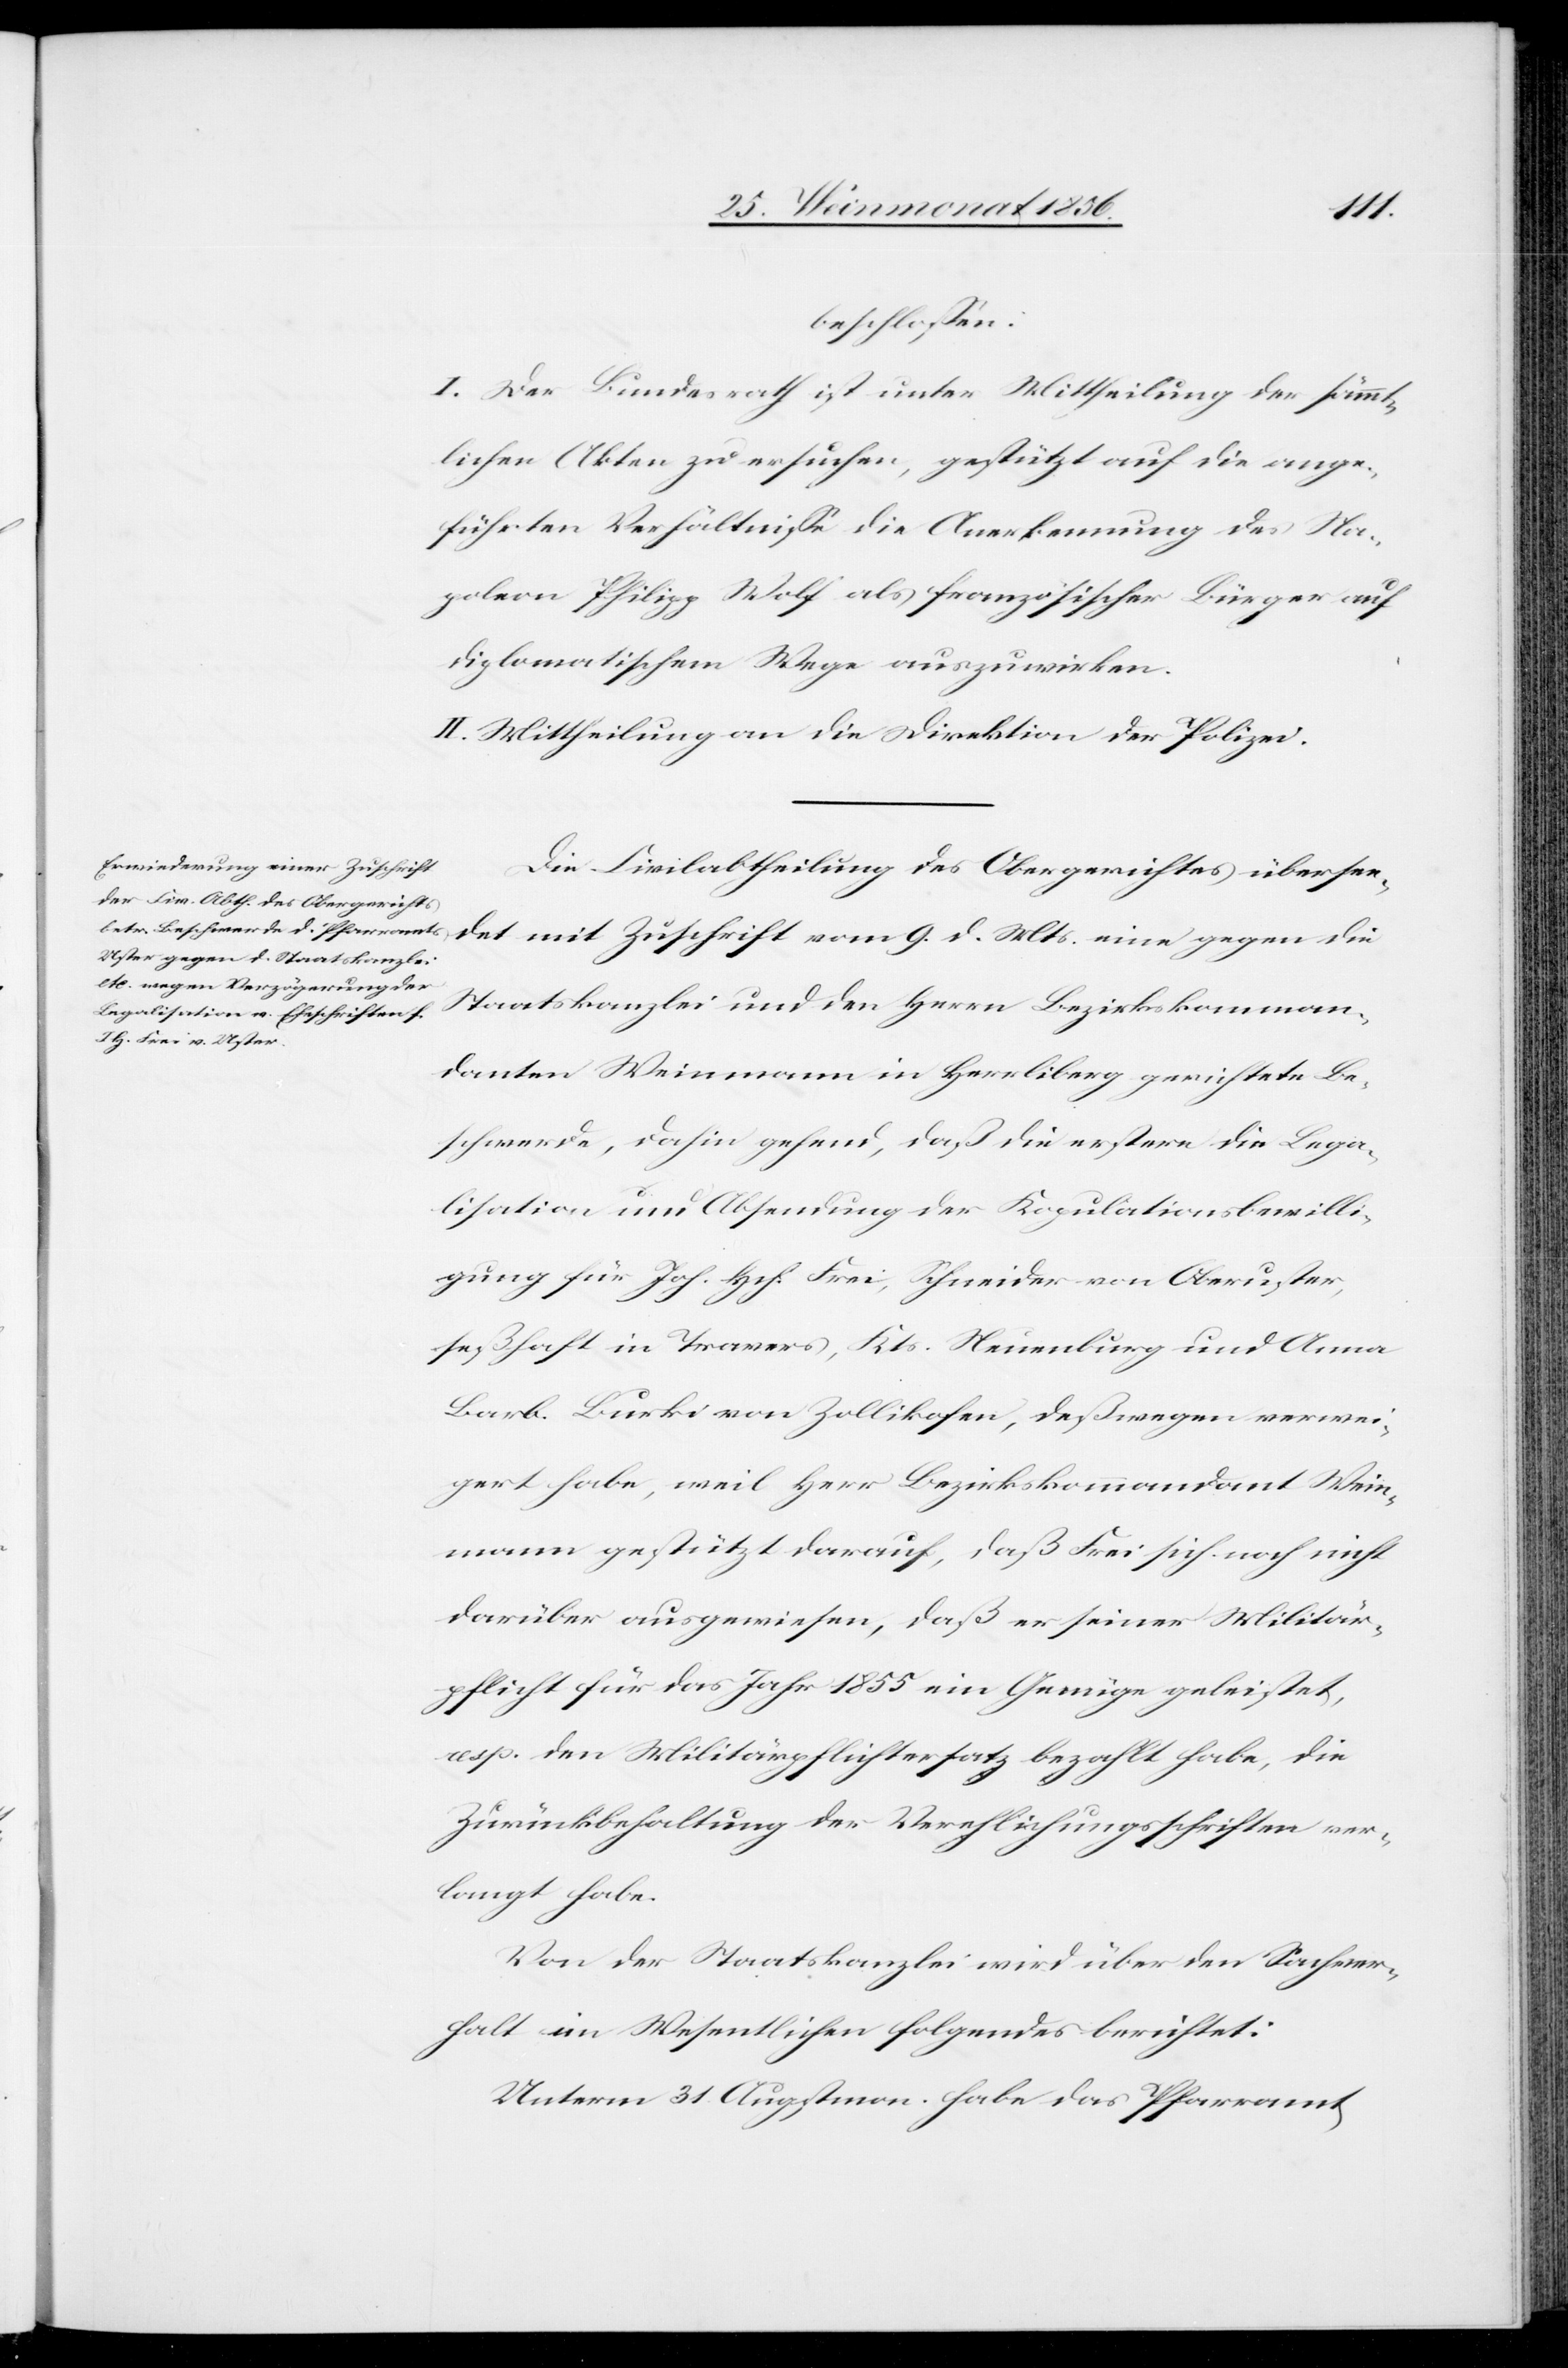
Mts.
beschlossen:
I. Der Bundesrath ist unter Mittheilung der sämmt¬
lichen Akten zu ersuchen, gestützt auf die ange¬
führten Verhältnisse die Anerkennung des Na¬
poleon Philipp Wolf als französischer Bürger auf
diplomatischem Wege auszuwirken.
II. Mittheilung an die Direktion der Polizei.
Die Civilabtheilung des Obergerichtes übersen¬
Staatskanzlei und den Herrn Bezirkskomman¬
danten Weinmann in Herrliberg gerichtete Be¬
schwerde, dahin gehend, daß die erstere die Lega¬
lisation und Absendung der Kopulationsbewilli¬
gung für Joh. Hch. Frei, Schneider von Oberuster,
seßhaft in Travers, Kts. Neuenburg und Anna
Barb. Burki von Zollikofen, deßwegen verwei¬
gert habe, weil Herr Bezirkskommandant Wein¬
mann gestützt darauf, daß Frei sich noch nicht
darüber ausgewiesen, daß er seiner Militär¬
pflicht für das Jahr 1855 ein Genüge geleistet,
resp. den Militärpflichtersatz bezahlt habe, die
Zurückbehaltung der Verehlichungsschriften ver¬
langt habe.
Von der Staatskanzlei wird über den Sachver¬
halt im Wesentlichen folgendes berichtet:
Unterm 31. Augstmon. habe das Pfarramt